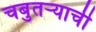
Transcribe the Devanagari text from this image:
चबुतऱ्याची